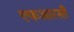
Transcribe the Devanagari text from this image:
एफआरसी